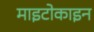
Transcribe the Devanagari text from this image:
माइटोकाइन